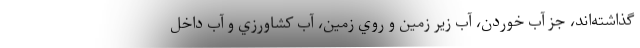
گذاشته‌اند، جز آب خوردن، آب زير زمين و روي زمين، آب كشاورزي و آب داخل